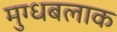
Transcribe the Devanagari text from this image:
मुग्धबलाक